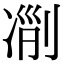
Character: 𠗢